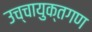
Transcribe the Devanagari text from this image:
उच्चायुक्तगण